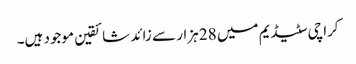
کراچی سٹیڈیم میں 28 ہزار سے زائد شائقین موجود ہیں۔